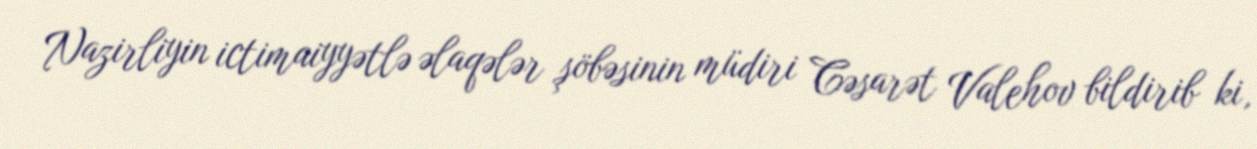
Nazirliyin ictimaiyyətlə əlaqələr şöbəsinin müdiri Cəsarət Valehov bildirib ki,